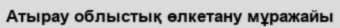
Атырау облыстық өлкетану мұражайы